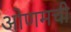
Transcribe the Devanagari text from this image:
ओणमची